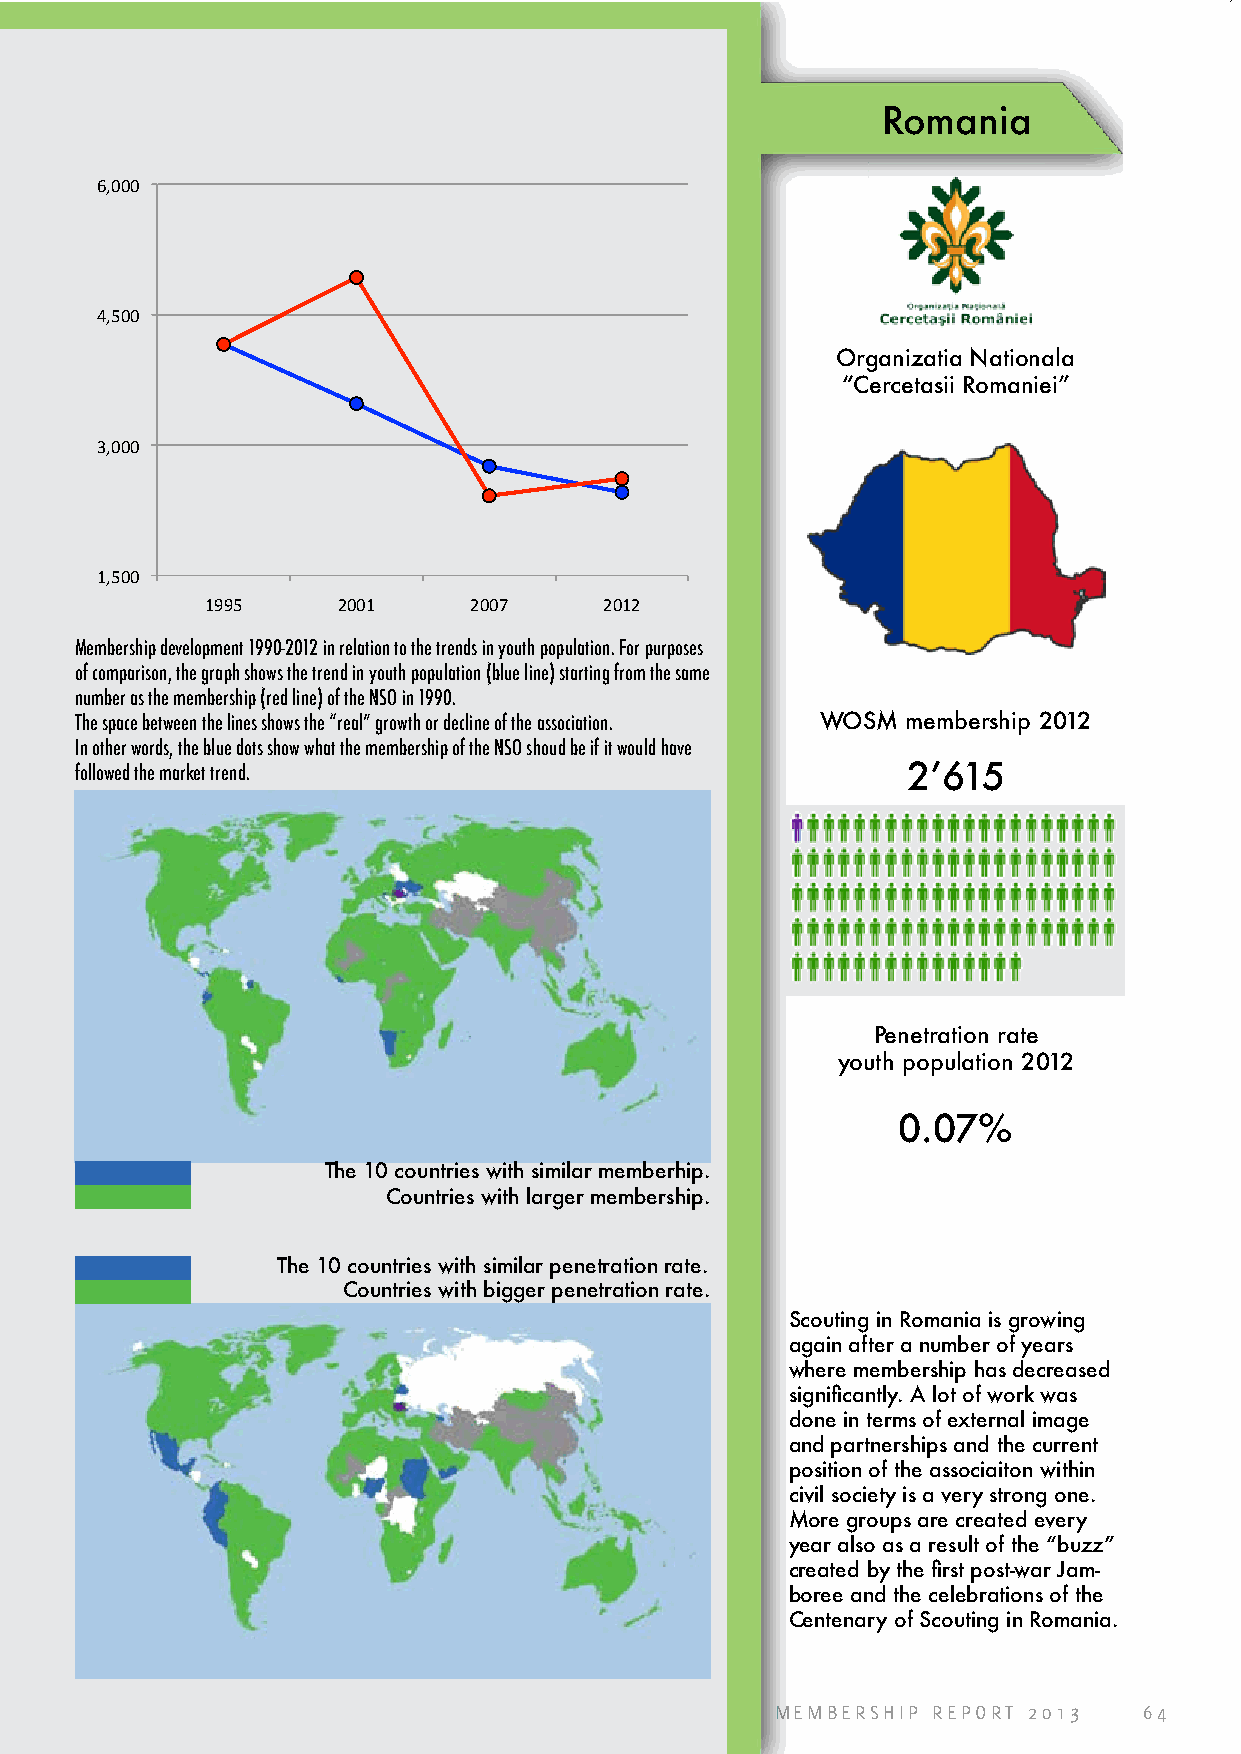
Romania
 6,000
 4,500
 Organizatia Nationala
 “Cercetasii Romaniei”
 3,000
 1,500
 1995    2001     2007     2012
 Membership development 1990-2012 in relation to the trends in youth population. For purposes
 of comparison, the graph shows the trend in youth population (blue line) starting from the same
 number as the membership (red line) of the NSO in 1990.
 The space between the lines shows the “real” growth or decline of the association. WOSM membership 2012
 In other words, the blue dots show what the membership of the NSO shoud be if it would have
 followed the market trend.                             2’615
 Penetration rate
 youth population 2012
 0.07%
 The 10 countries with similar memberhip.
 Countries with larger membership.
 The 10 countries with similar penetration rate.
 Countries with bigger penetration rate.
 Scouting in Romania is growing
 again after a number of years
 where membership has decreased
 significantly. A lot of work was
 done in terms of external image
 and partnerships and the current
 position of the associaiton within
 civil society is a very strong one.
 More groups are created every
 year also as a result of the “buzz”
 created by the first post-war Jam-
 boree and the celebrations of the
 Centenary of Scouting in Romania.
 MEMBERSHIP REPORT 2013   64